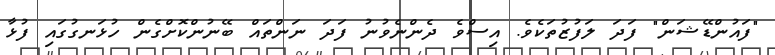
"ފައުންޑޭޝަން" ފަދަ ލަފުޒުތަކެވެ. އިސްވެ ދެންނެވުނު ފަދަ ނަންތައް ބޭނުންކޮށްގެން ހުޅަނގުގައި ފުޅާ